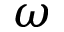
\omega